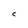
Character: C